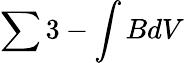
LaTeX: \sum 3-\int BdV